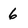
Character: 6